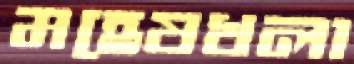
মহেষখলা